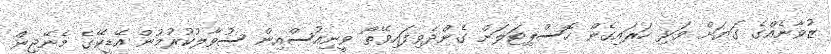
ޒުވާނެއްގެ ގަޔަށް ވަޅި ހަރައިގެން ހޮސްޕިޓަލަށް ގެންދެވިފައިވޭތޯ ވީނިއުސްއިން ސުވާލުކުރުމުން އޭޑީކޭގެ މެނޭޖިން